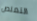
التملص